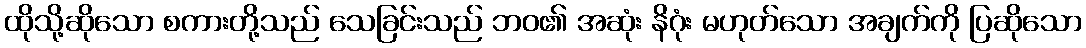
ထိုသို့ဆိုသော စကားတို့သည် သေခြင်းသည် ဘဝ၏ အဆုံး နိဂုံး မဟုတ်သော အချက်ကို ပြဆိုသော